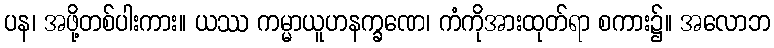
ပန၊ အဖို့တစ်ပါးကား။ ယဿ ကမ္မာယူဟနက္ခဏေ၊ ကံကိုအားထုတ်ရာ စကား၌။ အလောဘ